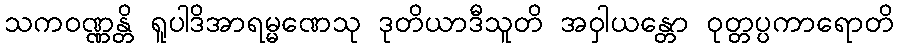
သကဝဏ္ဏန္တိ ရူပါဒိအာရမ္မဏေသု ဒုတိယာဒီသူတိ အဝှါယန္တော ဝုတ္တပ္ပကာရောတိ